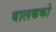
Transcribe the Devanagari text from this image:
बालकको